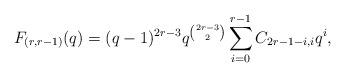
LaTeX: \begin{align*}F_{(r,r-1)}(q)&= (q-1)^{2r-3}q^{2r-3\choose2} \sum_{i=0}^{r-1}C_{2r-1-i,i} q^i,\end{align*}